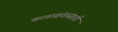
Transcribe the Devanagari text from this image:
कलावंतांसाठी